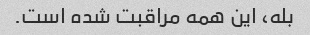
بله، این همه مراقبت شده است.